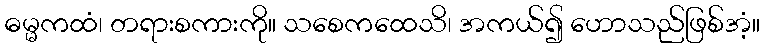
ဓမ္မကထံ၊ တရားစကားကို။ သစေကထေသိ၊ အကယ်၍ ဟောသည်ဖြစ်အံ့။